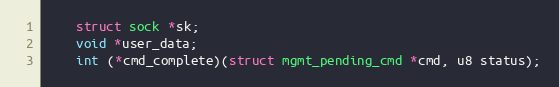
Language: C
	struct sock *sk;
	void *user_data;
	int (*cmd_complete)(struct mgmt_pending_cmd *cmd, u8 status);